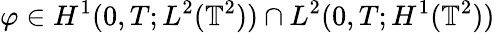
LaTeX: \varphi\in H^{1}(0,T;L^{2}(\mathbb{T}^{2}))\cap L^{2}(0,T;H^{1}(\mathbb{T}^{2}))